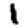
Digit: 1